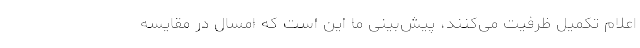
اعلام تکمیل ظرفیت می‌کنند، پیش‌بینی ما این است که امسال در مقایسه